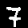
Label: 7